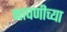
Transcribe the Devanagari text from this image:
नाचणीच्या